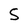
Character: S